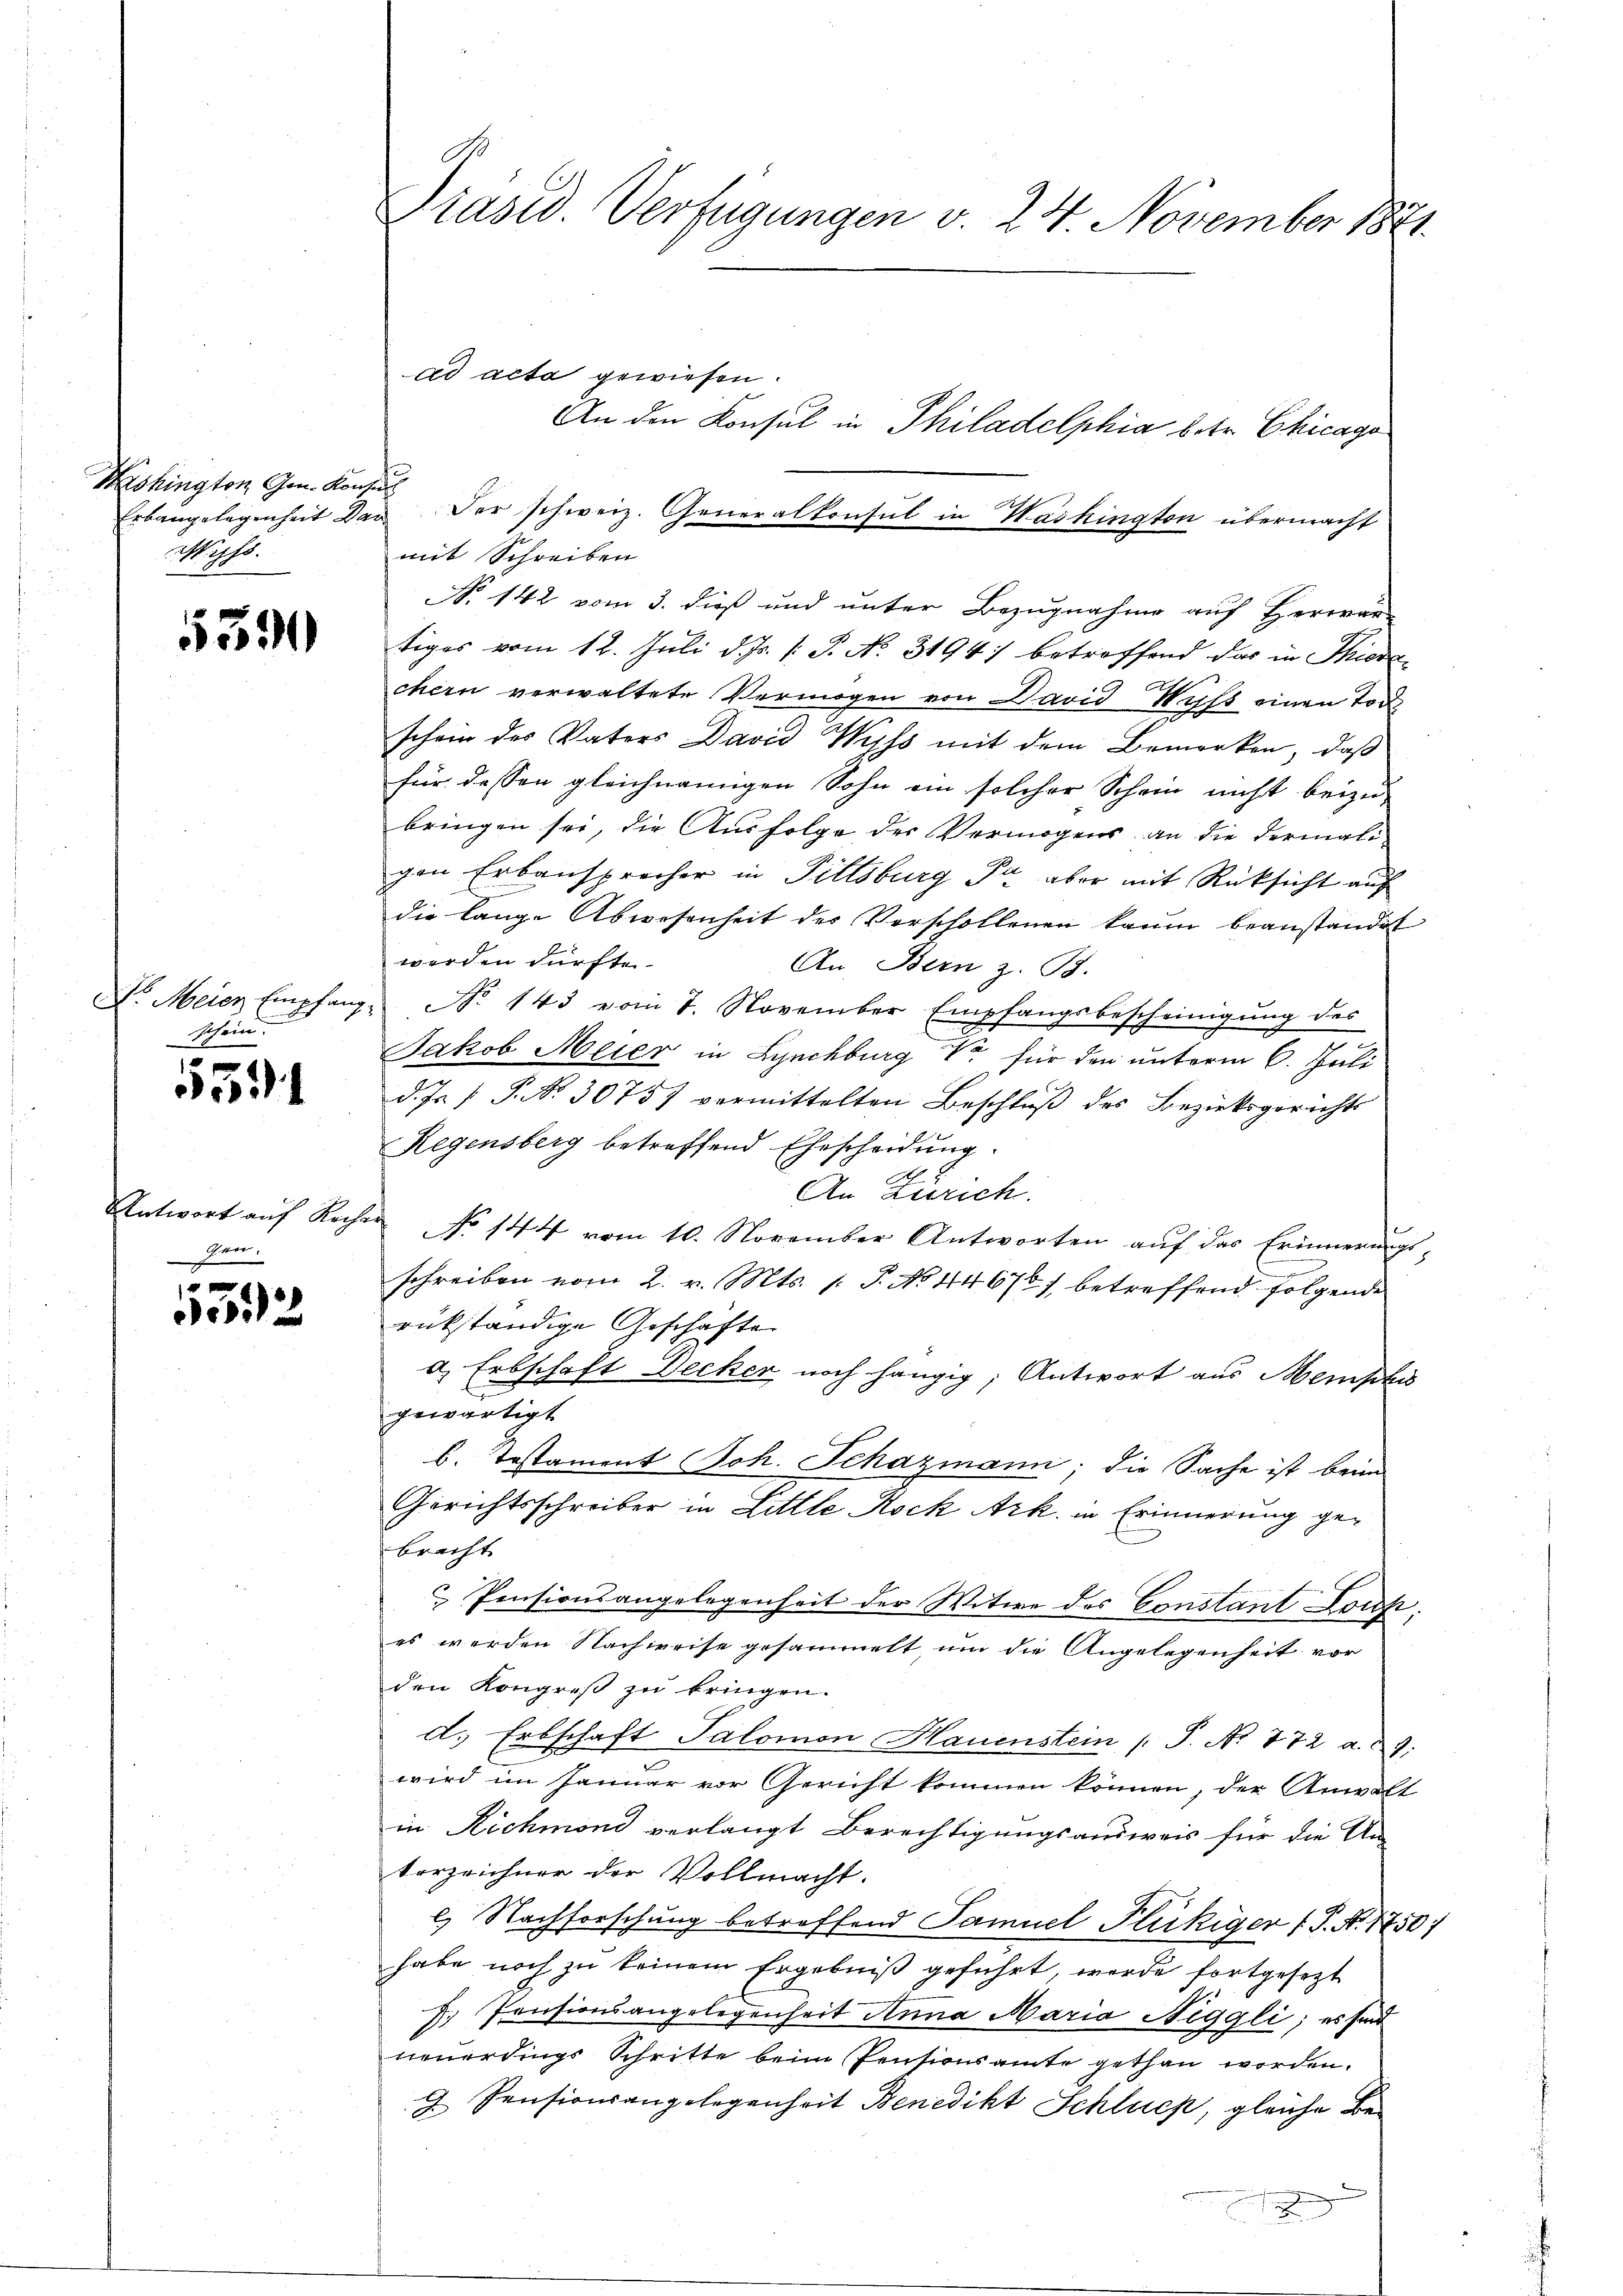
Washington Gen. Konsul
Wiss

5391

schein.

551

gen.

2

An den Konsul in Philadelphia betr. Chicago
Erbangelegenheit der der schweiz. Generalkonsul in Washington übermacht
mit Schreiben
No 142 vom 3. dieß und unter Bezugnahme auf Herwar-
tiges vom 12. Juli d. Js. v. P. No. 3194) betreffend das in Thier¬
.
chern verwaltete Vermögen von David Nicht einen Tode
schon des Vaters David Wyss mit dem Bemerken, daß
für dessen gleichnamigen Sohn ein solcher Schein nicht beizu-
bringen sei, die Ausfolge des Vermögens an die dermaligen Erbansprecher in Pittsburg Fr. aber mit Rücksicht auf
die lange Abwesenheit der Verschollenen kaum beanständigt
werden dürfte.
An, Bern z. B.
Dr. Meier Empfang No 143 vom 7. November Empfangsbescheinigŭng des
Jakob Meier in Lynchburg für den unterm 6. Juli.
d. Js. (T. No. 30751 vermittelten Beschlŭβ des Bezirksgerichts
Regensberg betreffend Ehescheidung.
An Zürich.
Antwort auf Recher No 144 vom 10. November Antworten auf das Erinnerungsschreiben vom 2. v. Mts. 1. P. No 44676/ betreffend folgende
rükständige Geschäfte
a. Erbschaft Decker noch hängig; Antwort aus Menschi
gewärtigt
b. Testament Joh. Schazmann; die Sache ist beim
Gerichtsschreiber in Little Rock Ark. in Erinnerung gebracht
 Pensionsangelegenheit der Witwe des Constant Louf:
es werden Nachweise gesammelt, um die Angelegenheit vor
den Kongreß zu bringen.
d. Erbschaft Salomon Hauenstein (T. No 872 a. 29.
wird im Januar vor Gericht kommen können, der Anwalt
in Richmond verlangt Berechtigungsausweis für die Un-
Vorzeichner der Vollmacht.
.) Nachforschung betreffend Samuel Flückiger (T. N. 1750)
habe noch zu keinem Ergebniß geführt, werde fortgesezt
f. Pensionsangelegenheit Anna Maria Niggli; es sind
neuerdings Schritte beim Pensionsamte gethan worden.
9. Pensionsangelegenheit Benedikt Schlucp, gleiche Be¬

Präsid. Verfügungen v. 24. November 1871

ad acta gewiesen